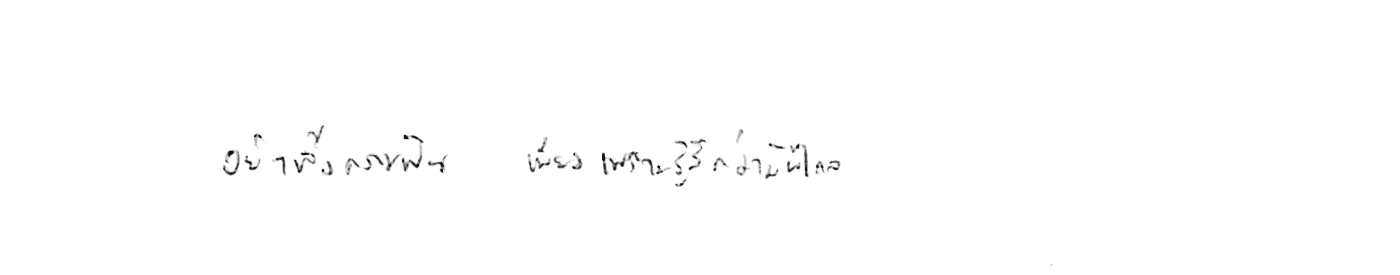
อย่าทิ้งความฝัน เพียงเพราะรู้สึกว่ามันไกล